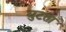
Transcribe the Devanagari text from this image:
घुटता